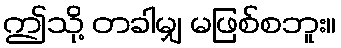
ဤသို့ တခါမျှ မဖြစ်စဘူး။